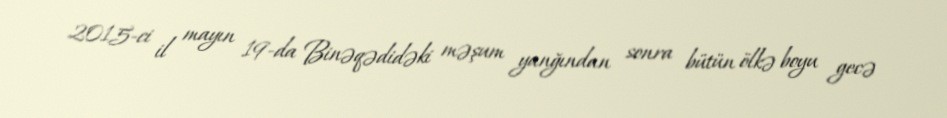
2015-ci il mayın 19-da Binəqədidəki məşum yanğından sonra bütün ölkə boyu gecə